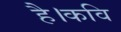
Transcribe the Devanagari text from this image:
है।कवि